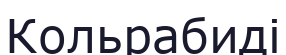
Кольрабиді